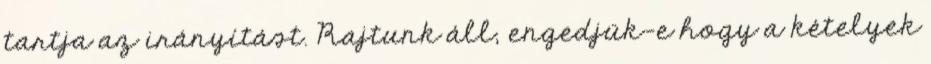
tartja az irányítást. Rajtunk áll, engedjük-e hogy a kételyek